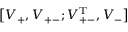
\big [ V _ { + } , V _ { + - } ; V _ { + - } ^ { \mathrm { T } } , V _ { - } \big ]